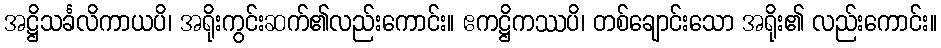
အဋ္ဌိသင်္ခလိကာယပိ၊ အရိုးကွင်းဆက်၏လည်းကောင်း။ ဧကဋ္ဌိကဿပိ၊ တစ်ချောင်းသော အရိုး၏ လည်းကောင်း။